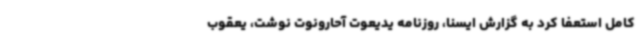
کامل استعفا کرد به گزارش ایسنا، روزنامه یدیعوت آحارونوت نوشت، یعقوب